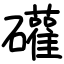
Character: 礶